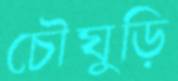
চৌঘুড়ি